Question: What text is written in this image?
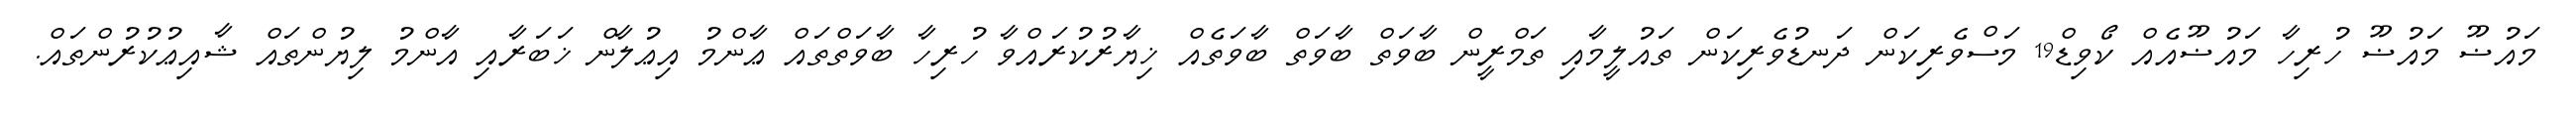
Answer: މައުޟޫ މައުޟޫ ހުރިހާ މައުޟޫއެއް ކޯވިޑް19 މަސްވެރިކަން ދަނޑުވެރިކަން ތައުލީމާއި ތަމްރީން ބާވަތް ބާވަތް ބާވަތެއް ޚިޔާރުކުރައްވާ ހުރިހާ ބާވަތްތައް ޢާންމު އިޢުލާން ޚަބަރާއި އާންމު ލިޔުންތައް ޝާއިޢުކުރުންތައް.